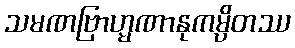
သမဏဗြာဟ္မဏာနုကမ္ပိတဿ